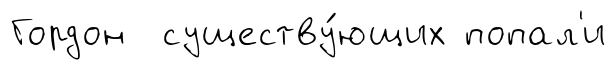
Гордон существу́ющих попал'и